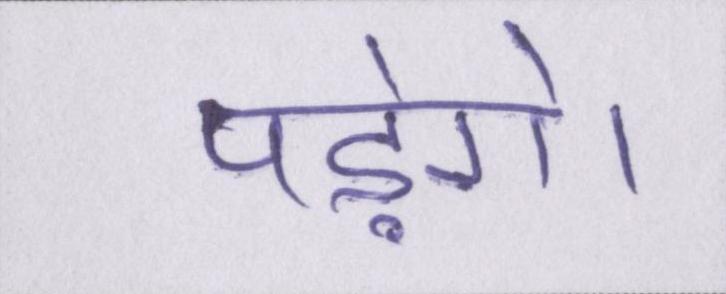
पड़ेंगे।